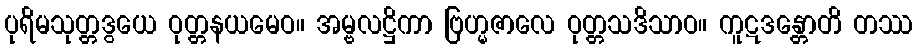
ပုရိမသုတ္တဒွယေ ဝုတ္တနယမေဝ။ အမ္ဗလဋ္ဌိကာ ဗြဟ္မဇာလေ ဝုတ္တသဒိသာဝ။ ကူဋဒန္တောတိ တဿ